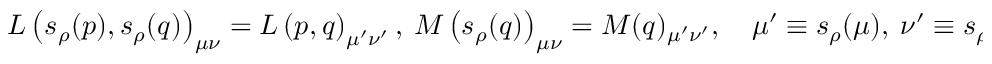
L \left( s _ { \rho } ( p ) , s _ { \rho } ( q ) \right) _ { \mu \nu } = L \left( p , q \right) _ { \mu ^ { \prime } \nu ^ { \prime } } , \ M \left( s _ { \rho } ( q ) \right) _ { \mu \nu } = M ( q ) _ { \mu ^ { \prime } \nu ^ { \prime } } , \quad \mu ^ { \prime } \equiv s _ { \rho } ( \mu ) , \ \nu ^ { \prime } \equiv s _ { \rho } ( \nu ) ,